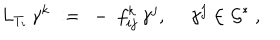
L _ { T _ { i } } \, \gamma ^ { k } \ : = \ - \; f _ { i j } ^ { k } \, \gamma ^ { j } , \ \quad \gamma ^ { j } \in { \mathcal G } ^ { * } \ ,